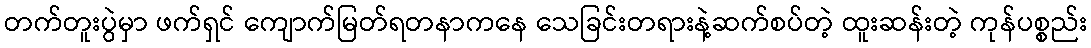
တက်တူးပွဲမှာ ဖက်ရှင် ကျောက်မြတ်ရတနာကနေ သေခြင်းတရားနဲ့ဆက်စပ်တဲ့ ထူးဆန်းတဲ့ ကုန်ပစ္စည်း